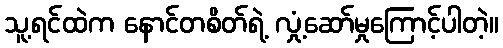
သူ့ရင်ထဲက နောင်တစိတ်ရဲ့ လှုံ့ဆော်မှုကြောင့်ပါတဲ့။